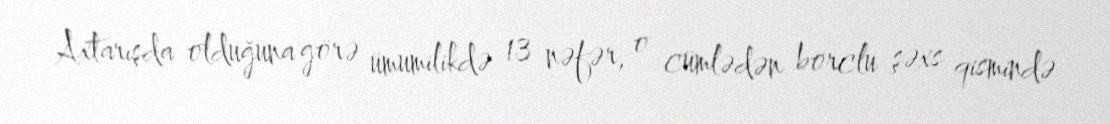
Axtarışda olduğuna görə ümumilikdə 13 nəfər, o cümlədən borclu şəxs qismində